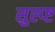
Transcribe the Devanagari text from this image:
सुस्प्ष्ट